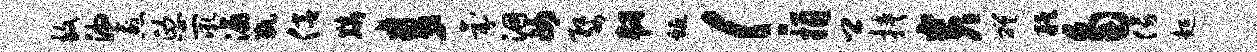
致湘愈熙二吼瀛瓶侣麟麦氛洞女婺韧蜒！捐卿挟贵磋艋角傍超